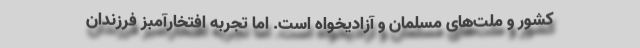
کشور و ملت‌های مسلمان و آزادیخواه است. اما تجربه افتخارآمبز فرزندان